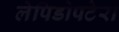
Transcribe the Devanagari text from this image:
लेपिडोपटेरा